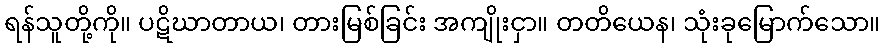
ရန်သူတို့ကို။ ပဋိဃာတာယ၊ တားမြစ်ခြင်း အကျိုးငှာ။ တတိယေန၊ သုံးခုမြောက်သော။